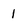
Character: 1